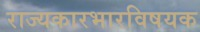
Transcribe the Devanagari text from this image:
राज्यकारभारविषयक